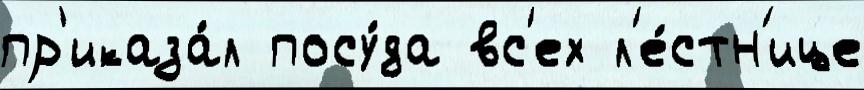
пр'иказа́л посу́да вс'ех л'е́стн'ице